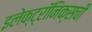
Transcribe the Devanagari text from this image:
इलेक्ट्रॉनिक्सची